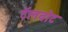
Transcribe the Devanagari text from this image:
टॅलबोट